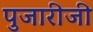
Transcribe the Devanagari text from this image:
पुजारीजी